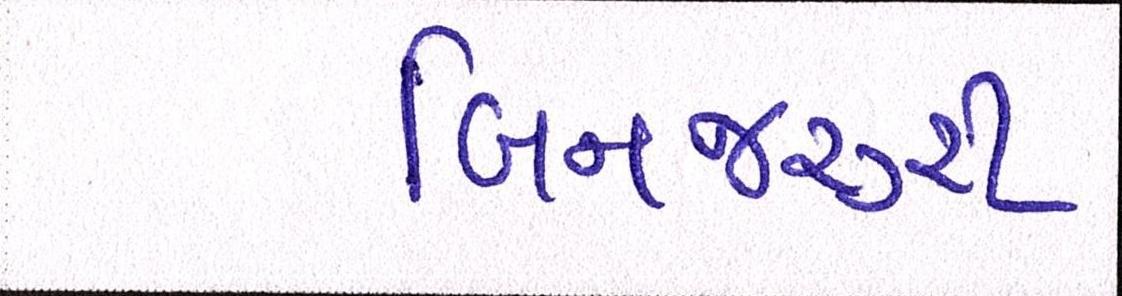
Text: બિનજરૂરી